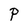
Character: P